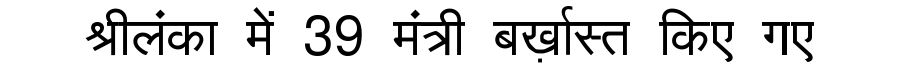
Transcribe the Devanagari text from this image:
श्रीलंका में 39 मंत्री बर्ख़ास्त किए गए